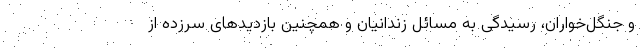
و جنگل‌خواران، رسیدگی به مسائل زندانیان و همچنین بازدیدهای سرزده از